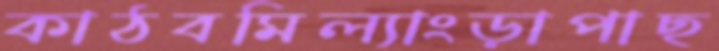
কাঠবমিল্যাংড়াপাছ